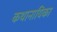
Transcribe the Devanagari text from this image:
कथानायिका